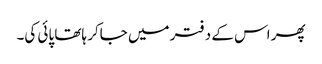
پھر اس کے دفتر میں جاکر ہاتھا پائی کی۔